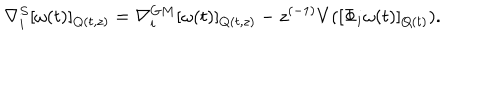
\nabla _ { i } ^ { S } [ \omega ( t ) ] _ { Q ( t , z ) } = \nabla _ { i } ^ { G M } [ \omega ( t ) ] _ { Q ( t , z ) } - z ^ { ( - 1 ) } V ( [ \Phi _ { i } \omega ( t ) ] _ { Q ( t ) } ) .